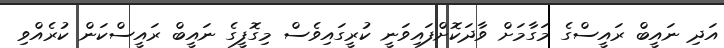
އަދި ނައީބް ރައީސްގެ މަގާމަށް ވާދަކޮށްފައިވަނީ ކުރީގައިވެސް މިގޮފީގެ ނައީބް ރައީސްކަން ކުރެއްވި